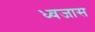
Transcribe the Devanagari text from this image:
ध्वजास